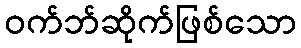
ဝက်ဘ်ဆိုက်ဖြစ်သော